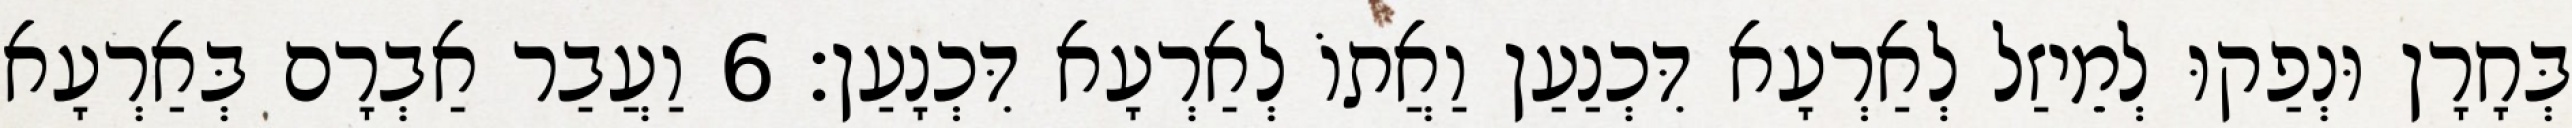
בְּחָרָן וּנְפַקוּ לְמֵיזַל לְאַרְעָא דִּכְנַעַן וַאֲתוֹ לְאַרְעָא דִּכְנָעַן׃ 6 וַעֲבַר אַבְרָם בְּאַרְעָא